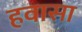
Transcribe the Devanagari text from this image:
हवासा